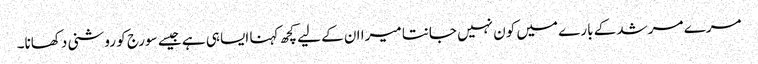
مرے مرشد کے بارے میں کون نہیں جانتا میرا ان کے لیے کچھ کہنا ایسا ہی ہے جیسے سورج کو روشنی دکھانا۔